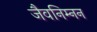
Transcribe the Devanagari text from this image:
जैवनिम्‍नन